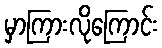
မှာကြားလိုကြောင်း